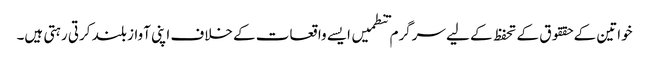
خواتین کے حققوق کے تحفظ کے لیے سرگرم تنطمیں ایسے واقعات کے خلاف اپنی آواز بلند کرتی رہتی ہیں۔